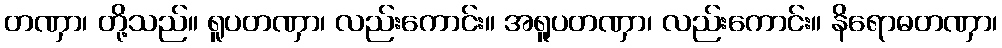
တဏှာ၊ တို့သည်။ ရူပတဏှာ၊ လည်းကောင်း။ အရူပတဏှာ၊ လည်းကောင်း။ နိရောဓတဏှာ၊